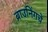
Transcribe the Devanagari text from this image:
ब्राउनिंगचे